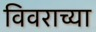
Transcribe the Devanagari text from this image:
विवराच्या